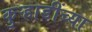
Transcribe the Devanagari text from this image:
कुऱ्हाडींच्या